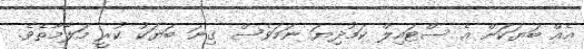
އެއް ބަޔަކަށް އެ ސްޓައިލް ކަމުދިޔަ ނަމަވެސް ގިނަ ބަޔަކު ކުރީ މަލާމާތެވެ.